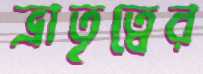
ভ্রাতৃত্বের